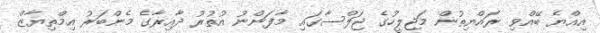
އިއްޔެ ބޭއްވި ރައްޔިތުން މަޖިލީހުގެ ޖަލްސާގައި މާފަންނު އުތުރު ދާއިރާގެ މެންބަރު އިމްތިޔާޒް